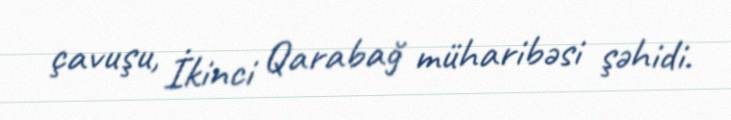
çavuşu, İkinci Qarabağ müharibəsi şəhidi.